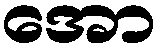
အော